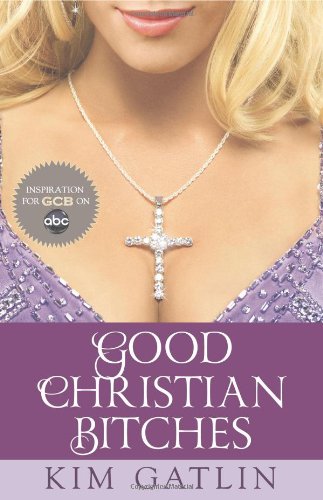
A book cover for Good Christian Bitches; Kim Gatlin; Literature & Fiction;